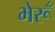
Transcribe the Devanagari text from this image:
भेरूँ